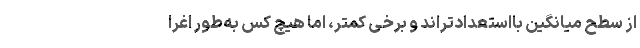
از سطح میانگین بااستعدادتراند و برخی کمتر، اما هیچ کس به‌طور اغرا